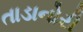
તાડાનોરી